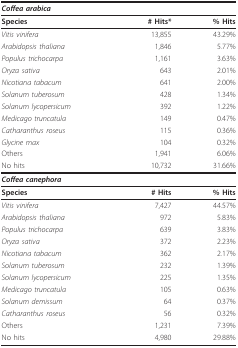
<table><thead><tr><td><b><i>Coffea arabica</i></b></td><td></td><td></td></tr></thead><tbody><tr><td><b>Species</b></td><td><b># Hits*</b></td><td><b>% Hits</b></td></tr><tr><td><i>Vitis vinifera</i></td><td>13,855</td><td>43.29%</td></tr><tr><td><i>Arabidopsis thaliana</i></td><td>1,846</td><td>5.77%</td></tr><tr><td><i>Populus trichocarpa</i></td><td>1,161</td><td>3.63%</td></tr><tr><td><i>Oryza sativa</i></td><td>643</td><td>2.01%</td></tr><tr><td><i>Nicotiana tabacum</i></td><td>641</td><td>2.00%</td></tr><tr><td><i>Solanum tuberosum</i></td><td>428</td><td>1.34%</td></tr><tr><td><i>Solanum lycopersicum</i></td><td>392</td><td>1.22%</td></tr><tr><td><i>Medicago truncatula</i></td><td>149</td><td>0.47%</td></tr><tr><td><i>Catharanthus roseus</i></td><td>115</td><td>0.36%</td></tr><tr><td><i>Glycine max</i></td><td>104</td><td>0.32%</td></tr><tr><td>Others</td><td>1,941</td><td>6.06%</td></tr><tr><td>No hits</td><td>10,732</td><td>31.66%</td></tr><tr><td><b><i>Coffea canephora</i></b></td><td></td><td></td></tr><tr><td><b>Species</b></td><td><b># Hits</b></td><td><b>% Hits</b></td></tr><tr><td><i>Vitis vinifera</i></td><td>7,427</td><td>44.57%</td></tr><tr><td><i>Arabidopsis thaliana</i></td><td>972</td><td>5.83%</td></tr><tr><td><i>Populus trichocarpa</i></td><td>639</td><td>3.83%</td></tr><tr><td><i>Oryza sativa</i></td><td>372</td><td>2.23%</td></tr><tr><td><i>Nicotiana tabacum</i></td><td>362</td><td>2.17%</td></tr><tr><td><i>Solanum tuberosum</i></td><td>232</td><td>1.39%</td></tr><tr><td><i>Solanum lycopersicum</i></td><td>225</td><td>1.35%</td></tr><tr><td><i>Medicago truncatula</i></td><td>105</td><td>0.63%</td></tr><tr><td><i>Solanum demissum</i></td><td>64</td><td>0.37%</td></tr><tr><td><i>Catharanthus roseus</i></td><td>56</td><td>0.32%</td></tr><tr><td>Others</td><td>1,231</td><td>7.39%</td></tr><tr><td>No hits</td><td>4,980</td><td>29.88%</td></tr></tbody></table>